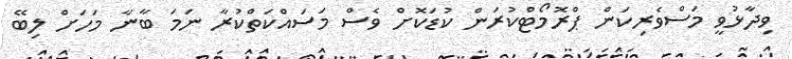
ވިދާޅުވީ މަސްވެރިކަން ޕްރޮމޯޓްކުރަން ކުޑަކޮށް ވެސް މަސައްކަތްކުރާ ނަމަ ބާނާ މަހަށް ލިބޭ